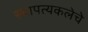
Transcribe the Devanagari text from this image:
स्थापत्यकलेचे